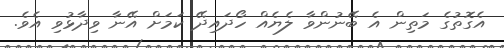
އެގޮތުގެ މަތިން އެ ބޭނުންވާ ލެޔެއް ހޯދައިދޭ ކަމަށް އޭނާ ވިދާޅުވި އެވެ.